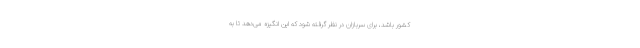
کشور باشد، برای سربازان در نظر گرفته شود که این انگیزه می‌دهد تا به